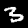
Label: 3